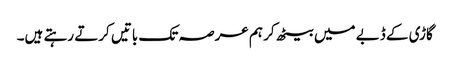
گاڑی کے ڈبے میں بیٹھ کر ہم عرصہ تک باتیں کرتے رہتے ہیں۔